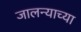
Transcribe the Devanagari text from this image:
जालन्याच्या